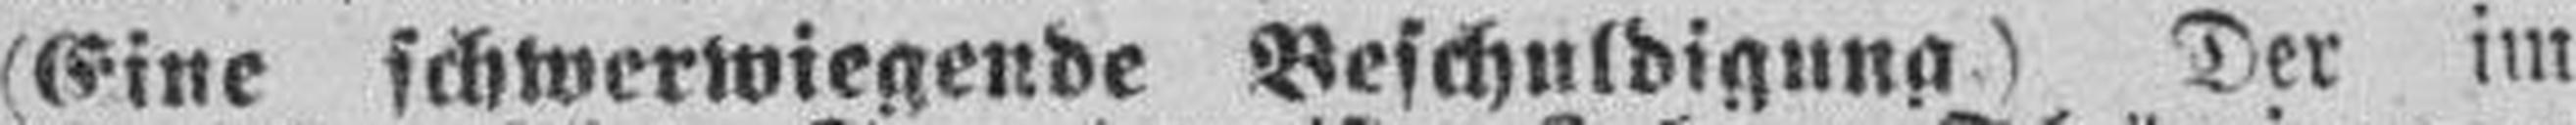
(Eine schwerwiegende Beschuldigung.) Der im